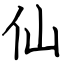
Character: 仙